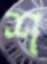
শ